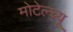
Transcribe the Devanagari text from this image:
मोटेल्च्यू